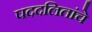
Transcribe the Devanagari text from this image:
पददलितांचे